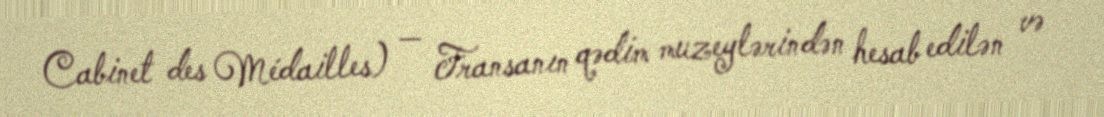
Cabinet des Médailles) — Fransanın qədim muzeylərindən hesab edilən və